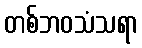
တစ်ဘဝသံသရာ